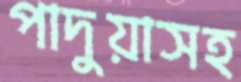
পাদুয়াসহ